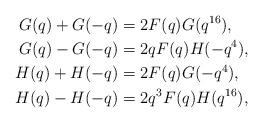
LaTeX: \begin{align*}G(q)+G(-q)&=2F(q)G(q^{16}),\\G(q)-G(-q)&=2qF(q)H(-q^4),\\H(q)+H(-q)&=2F(q)G(-q^4),\\H(q)-H(-q)&=2q^3F(q)H(q^{16}),\end{align*}